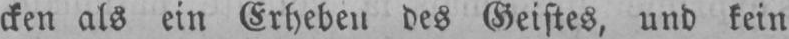
cken als ein Erheben des Geistes, und kein